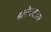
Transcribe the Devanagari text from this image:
बलोदाबाजार